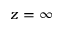
z = \infty